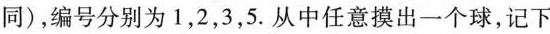
同)，编号分别为1，2，3，5.从中任意摸出一个球，记下